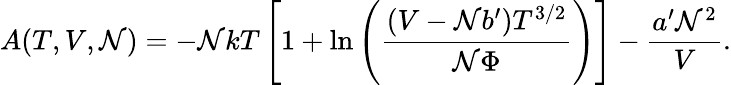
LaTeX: A(T,V,\mathcal{N})=-\mathcal{N}kT\left[1+\ln\left({\frac{{(V-\mathcal{N}b^{\prime})T^{3/2}}}{{\mathcal{N}\Phi}}}\right)\right]-{\frac{{a^{\prime}\mathcal{N}^{2}}}{{V}}}.